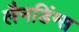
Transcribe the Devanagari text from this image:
लैनडिंग्स